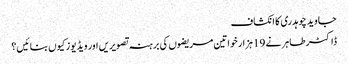
جاوید چوہدری کا انکشاف
ڈاکٹر طاہر نے 19 ہزار خواتین مریضوں کی برہنہ تصویریں اور ویڈیوز کیوں بنائیں؟